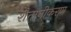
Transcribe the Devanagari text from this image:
शैतानीकरण